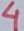
Text: 4